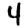
Digit: 4